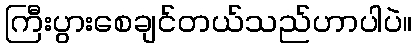
ကြီးပွားစေချင်တယ်သည်ဟာပါပဲ။